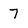
Character: 7